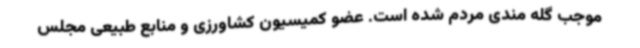
موجب گله مندی مردم شده است. عضو کمیسیون کشاورزی و منابع طبیعی مجلس